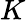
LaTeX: K